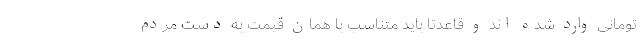
تومانی وارد شده اند و قاعدتاً باید متناسب با همان قیمت به دست مردم